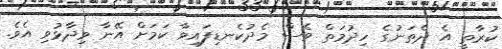
ކުރާތީ އެ ދެތަނުގެ ހިދުމަތް ވެސް މެދުކެނޑިފައިވާ ކަމަށް އޭނާ ވިދާޅުވި އެވެ.